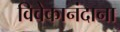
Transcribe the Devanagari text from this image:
विवेकानंदाना